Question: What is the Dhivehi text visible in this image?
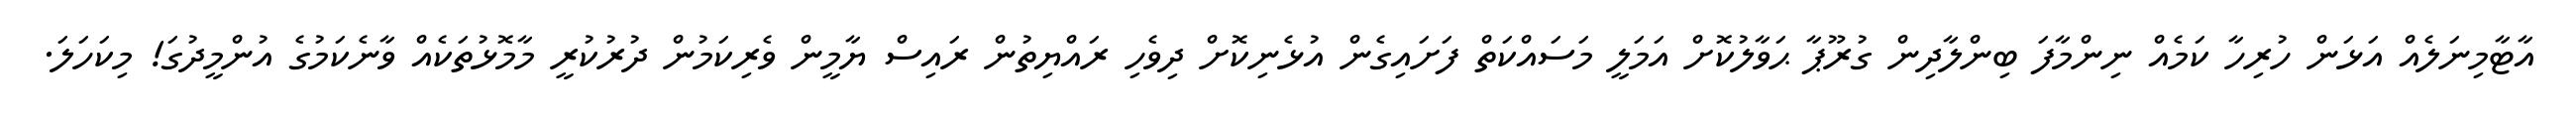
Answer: އާޓާމިނަލެއް އަޅަން ހުރިހާ ކަމެއް ނިންމާފަ ބިންލާދިން ގުރޫޕާ ޙަވާލުކޮށް އަމަލީ މަސައްކަތް ފަށައިގެން އުޅެނިކޮށް ދިވެހި ރައްޔިތުން ރައިސް ޔާމީން ވެރިކަމުން ދުރުކުރީ މާމޮޅުތަކެއް ވާނެކަމުގެ އުންމީދުގަ! މިކަހަލަ.